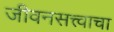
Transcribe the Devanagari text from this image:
जीवनसत्त्वाचा